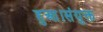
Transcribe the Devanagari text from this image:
हुआ।संयुक्त